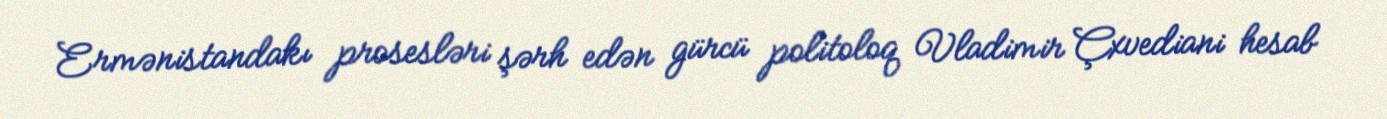
Ermənistandakı prosesləri şərh edən gürcü politoloq Vladimir Çxvediani hesab